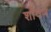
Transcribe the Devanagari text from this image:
र्शावण